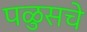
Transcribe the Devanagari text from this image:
पळुसचे